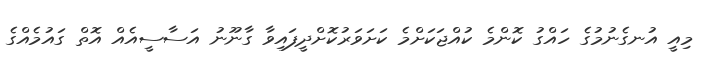
މިއީ އުނގެނުމުގެ ހައްގު ކޮންމެ ކުއްޖަކަށްމެ ކަށަވަރުކޮށްދީފައިވާ ގާނޫނު އަސާސީއެއް އޮތް ގައުމެއްގެ